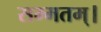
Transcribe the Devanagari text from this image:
सम्मतम्।